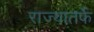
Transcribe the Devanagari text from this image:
राज्यातर्फे